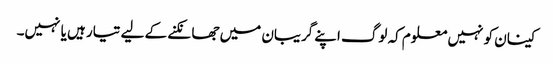
کینان کو نہیں معلوم کہ لوگ اپنے گریبان میں جھانکنے کے لیے تیار ہیں یا نہیں۔